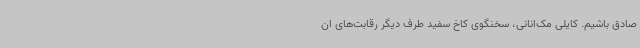
صادق باشیم. کایلی مک‌انانی، سخنگوی کاخ سفید طرف دیگر رقابت‌های ان